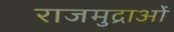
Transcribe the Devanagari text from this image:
राजमुद्राओं